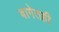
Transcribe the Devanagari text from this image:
बागेतही